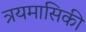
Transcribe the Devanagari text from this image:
त्रयमासिकी